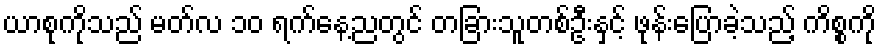
ယာစုကိုသည် မတ်လ ၁၀ ရက်နေ့ညတွင် တခြားသူတစ်ဦးနှင့် ဖုန်းပြောခဲ့သည့် ကိစ္စကို